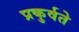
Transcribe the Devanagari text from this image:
प्रकुर्वते